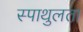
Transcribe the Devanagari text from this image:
स्पाथुलता